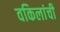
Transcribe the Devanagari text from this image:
वकिलांची